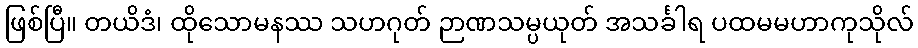
ဖြစ်ပြီ။ တယိဒံ၊ ထိုသောမနဿ သဟဂုတ် ဉာဏသမ္ပယုတ် အသင်္ခါရ ပထမမဟာကုသိုလ်